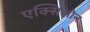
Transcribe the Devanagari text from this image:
एक्सिओन